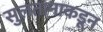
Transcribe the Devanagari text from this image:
सुलतानाकडून